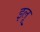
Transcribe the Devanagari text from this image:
इलू